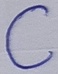
Text: C